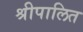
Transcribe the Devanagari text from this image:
श्रीपालित